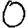
Digit: 0